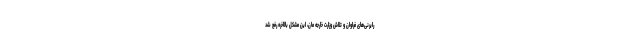
رایرنی‌های فراوان و تلاش وزارت خارجه مان، این مشکل بالاخره رفع شد